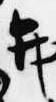
弁